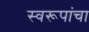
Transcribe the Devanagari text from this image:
स्वरूपांचा